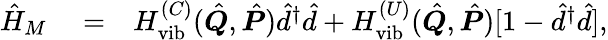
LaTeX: \begin{array}{rlr}{\hat{H}_{M}}&{{}=}&{H_{\textrm{vib}}^{(C)}(\hat{\boldsymbol{Q}},\hat{\boldsymbol{P}})\hat{d}^{\dagger}\hat{d}+H_{\textrm{vib}}^{(U)}(\hat{\boldsymbol{Q}},\hat{\boldsymbol{P}})[1-\hat{d}^{\dagger}\hat{d}],}\end{array}